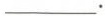
___.